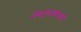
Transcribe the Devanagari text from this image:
अॅस्ट्रॉनॉमीसाठी